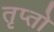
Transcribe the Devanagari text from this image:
तृप्तो